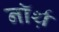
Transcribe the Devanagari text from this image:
नॉर्थ़